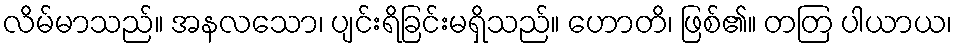
လိမ်မာသည်။ အနလသော၊ ပျင်းရိခြင်းမရှိသည်။ ဟောတိ၊ ဖြစ်၏။ တတြ ပါယာယ၊